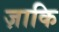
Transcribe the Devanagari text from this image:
ज़ाकि